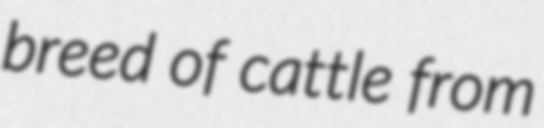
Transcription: breed of cattle from